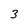
Character: 3